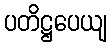
ပတိဋ္ဌပေယျ